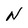
Character: N